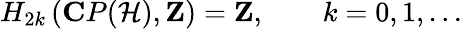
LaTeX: H_{2k}\left({\mathbf CP}({\cal H}),{\mathbf Z}\right)={\mathbf Z},\qquad k=0,1,\ldots